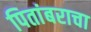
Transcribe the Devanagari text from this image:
पितांबराचा